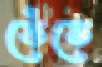
তেঁতে